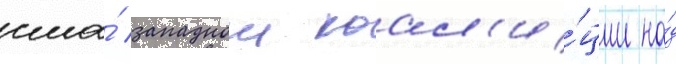
сша́ западнои коал'и́ции на́д